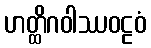
ဟတ္ထိဂဝါဿဝဠဝံ